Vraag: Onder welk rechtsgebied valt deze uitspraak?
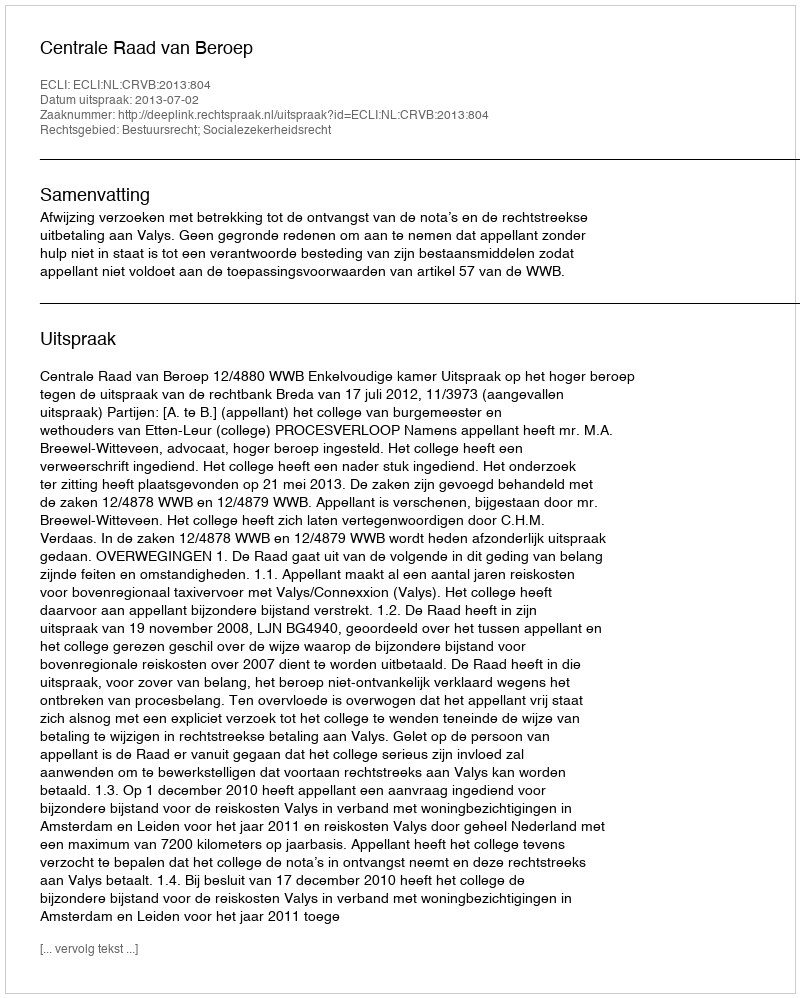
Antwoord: Bestuursrecht; Socialezekerheidsrecht